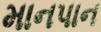
માનપાન